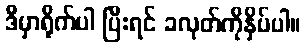
ဒီမှာရိုက်ပါ ပြီးရင် ခလုတ်ကိုနှိပ်ပါ။